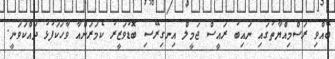
ބޭއްވި ރަސްމިއްޔާތުގައި ނައިބު ރައީސް ޖަމީލް އިނގިރޭސި ބޮޑުވަޒީރު ކެމަރަންއާ ވާހަކަފުޅު ދައްކަވަނީ.